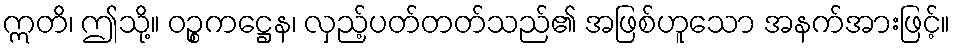
ဣတိ၊ ဤသို့။ ဝဉ္စကဋ္ဌေန၊ လှည့်ပတ်တတ်သည်၏ အဖြစ်ဟူသော အနက်အားဖြင့်။